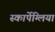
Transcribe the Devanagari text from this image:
स्कार्पेग्लिया